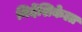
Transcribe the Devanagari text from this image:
निर्देशिकेला